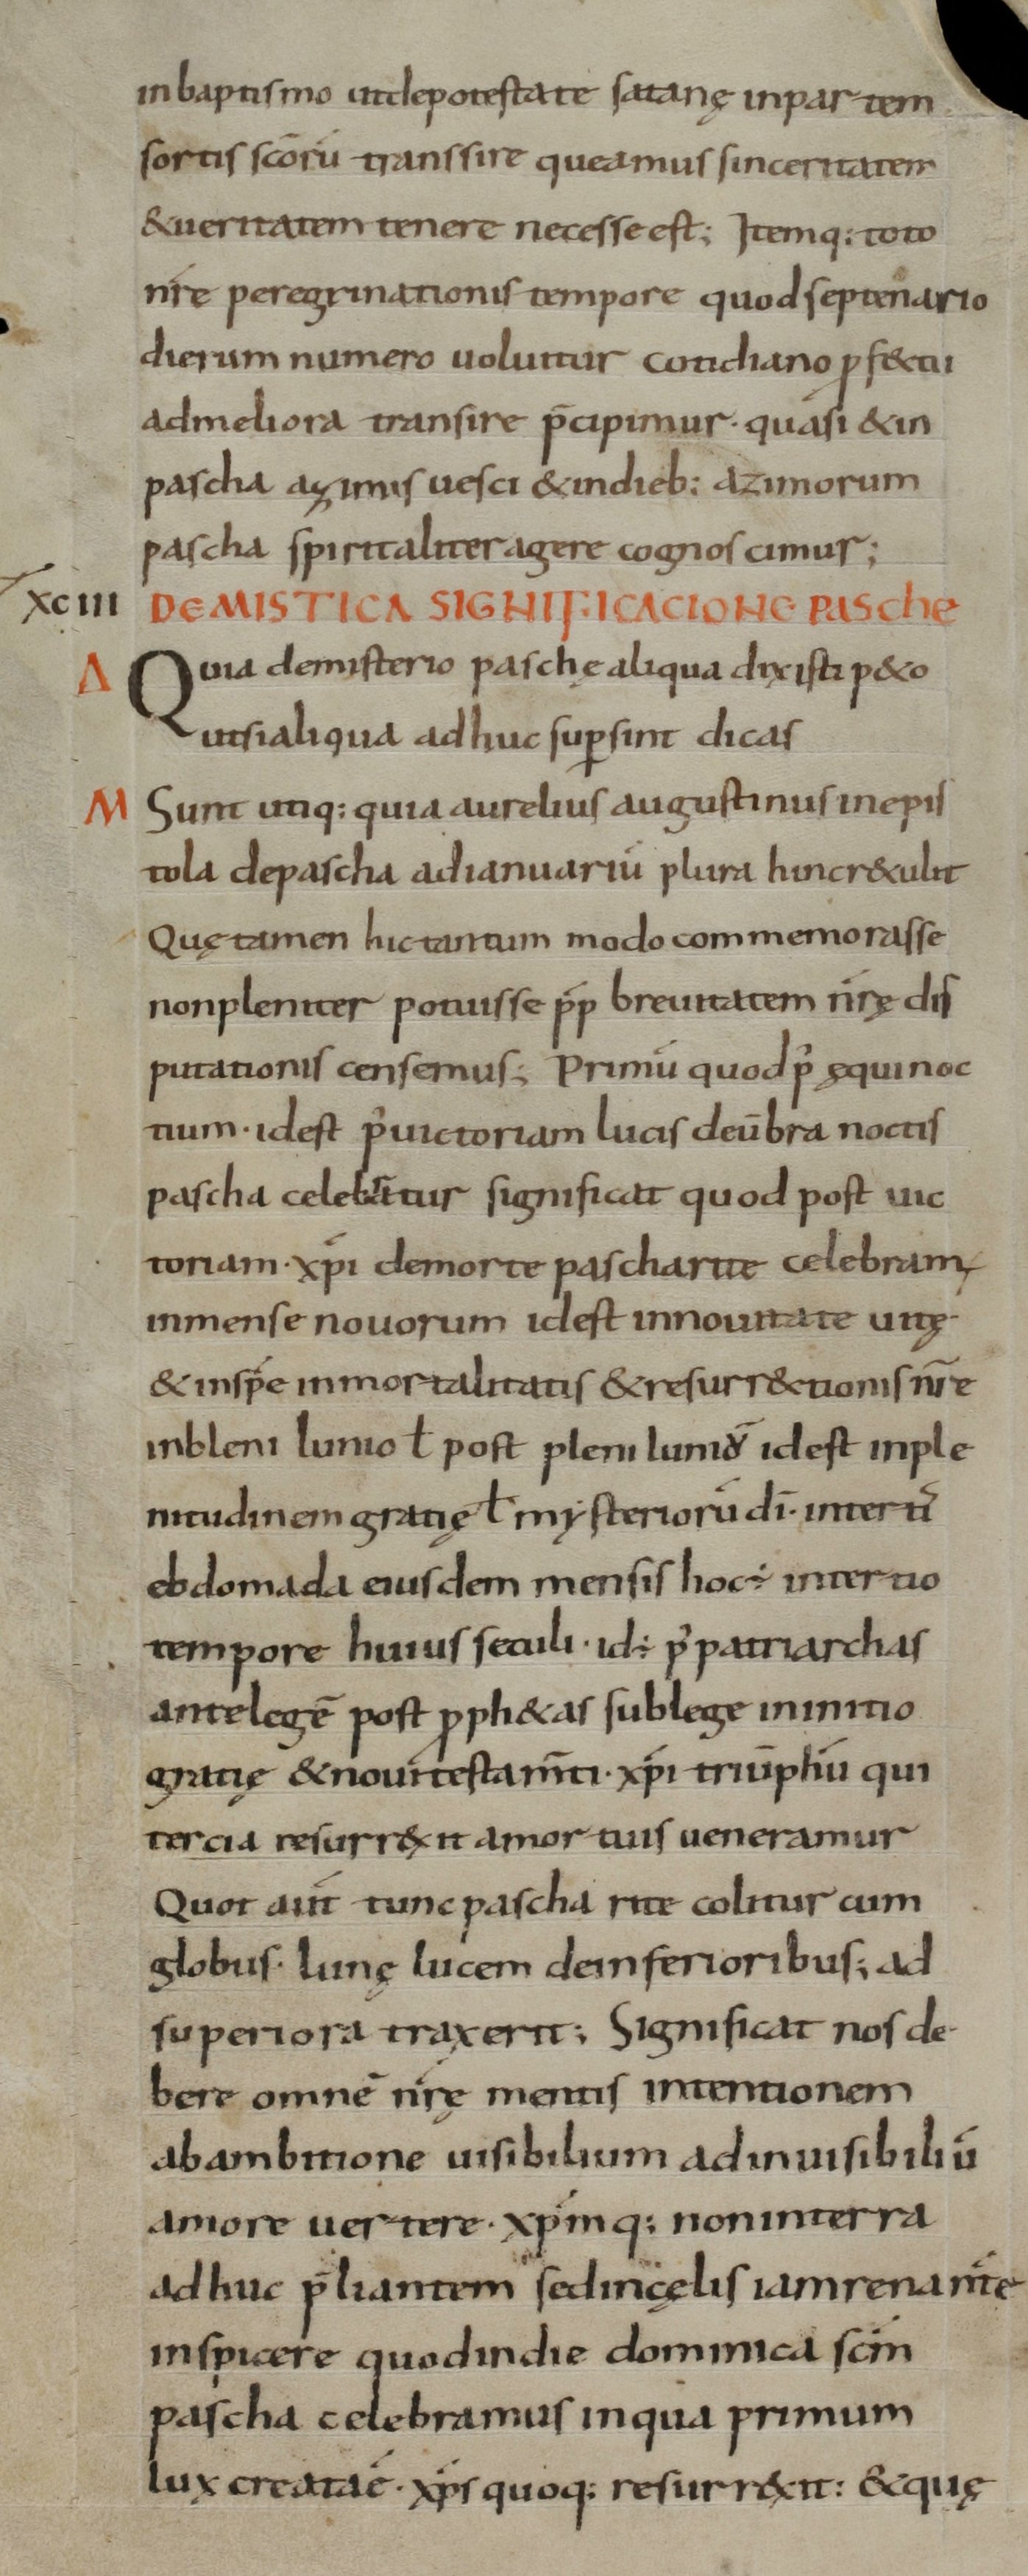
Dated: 800–899